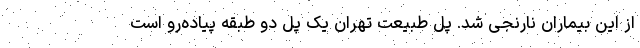
از این بیماران نارنجی شد. پل طبیعت تهران یک پل دو طبقه پیاده‌رو است